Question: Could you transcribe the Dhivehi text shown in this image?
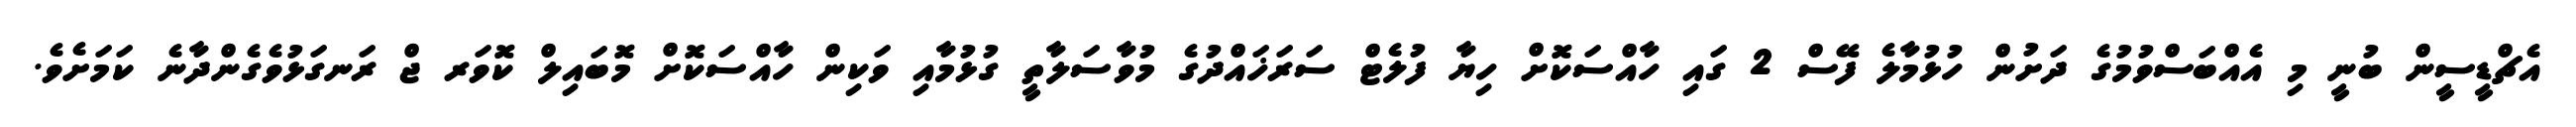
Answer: އެޗްޑީސީން ބުނީ މި އެއްބަސްވުމުގެ ދަށުން ހުޅުމާލެ ފޭސް 2 ގައި ހާއްސަކޮށް ހިޔާ ފުލެޓް ސަރަޚައްދުގެ މުވާސަލާތީ ގުޅުމާއި ވަކިން ހާއްސަކޮށް މޮބައިލް ކޮވަރ ޖް ރަނގަޅުވެގެންދާނެ ކަމަށެވެ.